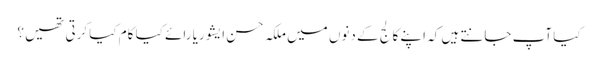
کیا آپ جانتے ہیں کہ اپنے کالج کے دنوں میں ملکہ حسن ایشوریا رائے کیا کام کیا کرتی تھیں ؟